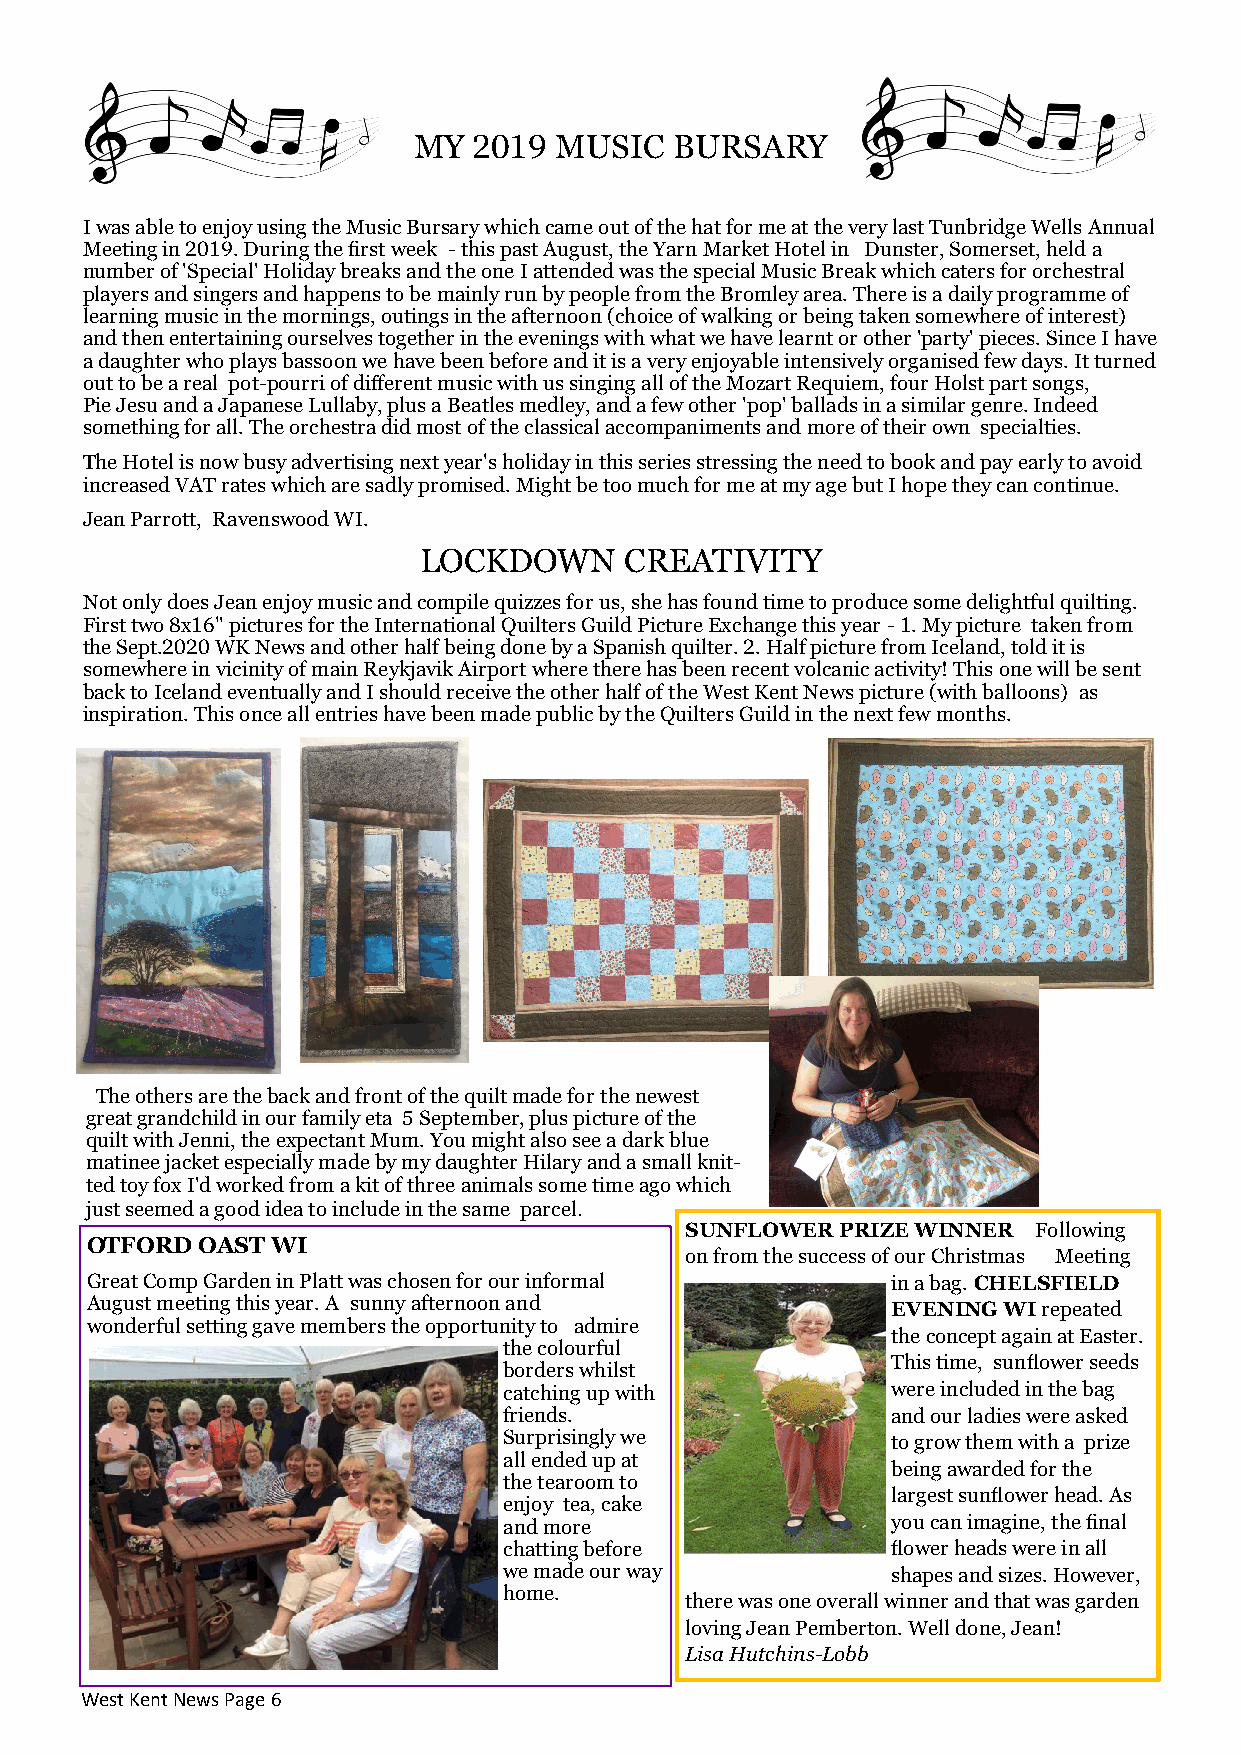
MY  2019  MUSIC   BURSARY
 I was able to enjoy using the Music Bursary which came out of the hat for me at the very last Tunbridge Wells Annual
 Meeting in 2019. During the first week - this past August, the Yarn Market Hotel in Dunster, Somerset, held a
 number of 'Special' Holiday breaks and the one I attended was the special Music Break which caters for orchestral
 players and singers and happens to be mainly run by people from the Bromley area. There is a daily programme of
 learning music in the mornings, outings in the afternoon (choice of walking or being taken somewhere of interest)
 and then entertaining ourselves together in the evenings with what we have learnt or other 'party' pieces. Since I have
 a daughter who plays bassoon we have been before and it is a very enjoyable intensively organised few days. It turned
 out to be a real pot-pourri of different music with us singing all of the Mozart Requiem, four Holst part songs,
 Pie Jesu and a Japanese Lullaby, plus a Beatles medley, and a few other 'pop' ballads in a similar genre. Indeed
 something for all. The orchestra did most of the classical accompaniments and more of their own specialties.
 The Hotel is now busy advertising next year's holiday in this series stressing the need to book and pay early to avoid
 increased VAT rates which are sadly promised. Might be too much for me at my age but I hope they can continue.
 Jean Parrott, Ravenswood WI.
 LOCKDOWN     CREATIVITY
 Not only does Jean enjoy music and compile quizzes for us, she has found time to produce some delightful quilting.
 First two 8x16" pictures for the International Quilters Guild Picture Exchange this year - 1. My picture taken from
 the Sept.2020 WK News and other half being done by a Spanish quilter. 2. Half picture from Iceland, told it is
 somewhere in vicinity of main Reykjavik Airport where there has been recent volcanic activity! This one will be sent
 back to Iceland eventually and I should receive the other half of the West Kent News picture (with balloons) as
 inspiration. This once all entries have been made public by the Quilters Guild in the next few months.
 The others are the back and front of the quilt made for the newest
 great grandchild in our family eta 5 September, plus picture of the
 quilt with Jenni, the expectant Mum. You might also see a dark blue
 matinee jacket especially made by my daughter Hilary and a small knit-
 ted toy fox I'd worked from a kit of three animals some time ago which
 just seemed a good idea to include in the same parcel.
 SUNFLOWER  PRIZE WINNER Following
 OTFORD OAST WI
 on from the success of our Christmas Meeting
 Great Comp Garden in Platt was chosen for our informal in a bag. CHELSFIELD
 August meeting this year. A sunny afternoon and      EVENING WI repeated
 wonderful setting gave members the opportunity to admire
 the concept again at Easter.
 the colourful
 This time, sunflower seeds
 borders whilst
 catching up with          were included in the bag
 friends.                  and our ladies were asked
 Surprisingly we           to grow them with a prize
 all ended up at
 being awarded for the
 the tearoom to
 largest sunflower head. As
 enjoy tea, cake
 and more                  you can imagine, the final
 chatting before           flower heads were in all
 we made our way           shapes and sizes. However,
 home.
 there was one overall winner and that was garden
 loving Jean Pemberton. Well done, Jean!
 Lisa Hutchins-Lobb
 West Kent News Page 6